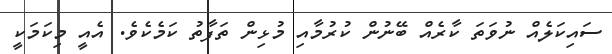
ސައިކަލެއް ނުވަތަ ކާރެއް ބޭނުން ކުރުމާއި މުޅިން ތަފާތު ކަމެކެވެ. އެއީ މިކަމަކީ